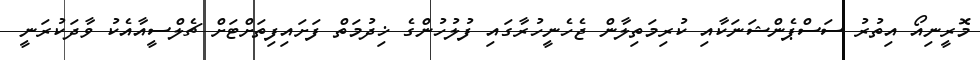
މޮރީނިއޯ އިތުރު ސަސްޕެންޝަނަކާއި ކުރިމަތިލާން ޖެހެނީހުރާގައި ފުލުހުންގެ ޚިދުމަތް ފަށައިފިތަށްޓަށް ޗެލްސީއާއެކު ވާދަކުރަނީ